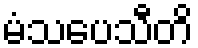
မံသပေသီတိ